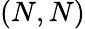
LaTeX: (N,N)